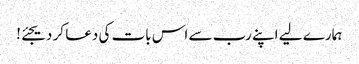
ہمارے لیے اپنے رب سے اس بات کی دعا کر دیجئے!